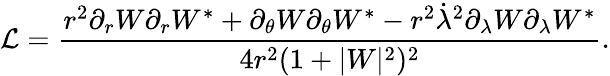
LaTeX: \mathcal{L}=\frac{r^{2}\partial_{r}W\partial_{r}W^{*}+\partial_{\theta}W\partial_{\theta}W^{*}-r^{2}\dot{\lambda}^{2}\partial_{\lambda}W\partial_{\lambda}W^{*}}{4r^{2}(1+|W|^{2})^{2}}.